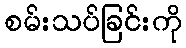
စမ်းသပ်ခြင်းကို